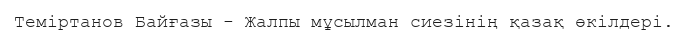
Теміртанов Байғазы - Жалпы мұсылман сиезінің қазақ өкілдері.